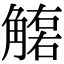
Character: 𧤮